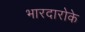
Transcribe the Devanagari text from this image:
भारदारोके